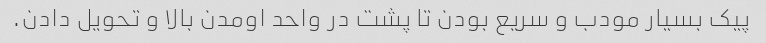
پیک بسیار مودب و سریع بودن تا پشت در واحد اومدن بالا و تحویل دادن.